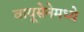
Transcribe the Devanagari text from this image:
वायूसेनेमध्ये